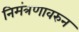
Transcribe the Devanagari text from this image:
निमंत्रणावरुन